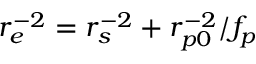
r _ { e } ^ { - 2 } = r _ { s } ^ { - 2 } + r _ { p 0 } ^ { - 2 } / f _ { p }